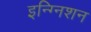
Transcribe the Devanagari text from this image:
इन्ग्निशन